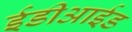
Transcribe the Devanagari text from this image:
ईडीआईड